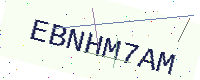
Text: EBNHM7AM